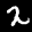
Label: 2